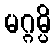
မဂ္ဂမ္ပိ